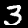
Digit: 3